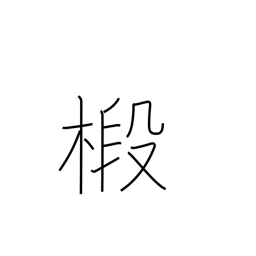
Meaning: fir